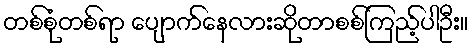
တစ်စုံတစ်ရာ ပျောက်နေလားဆိုတာစစ်ကြည့်ပါဦး။